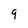
Character: 9